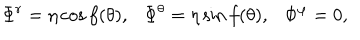
\Phi ^ { r } = \eta \cos f ( \theta ) , \Phi ^ { \theta } = \eta \sin f ( \theta ) , \Phi ^ { \varphi } = 0 ,